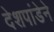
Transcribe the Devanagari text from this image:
देशपांडेने